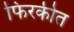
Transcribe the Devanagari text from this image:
फिरकीत